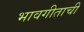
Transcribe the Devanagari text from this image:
भावगीताची